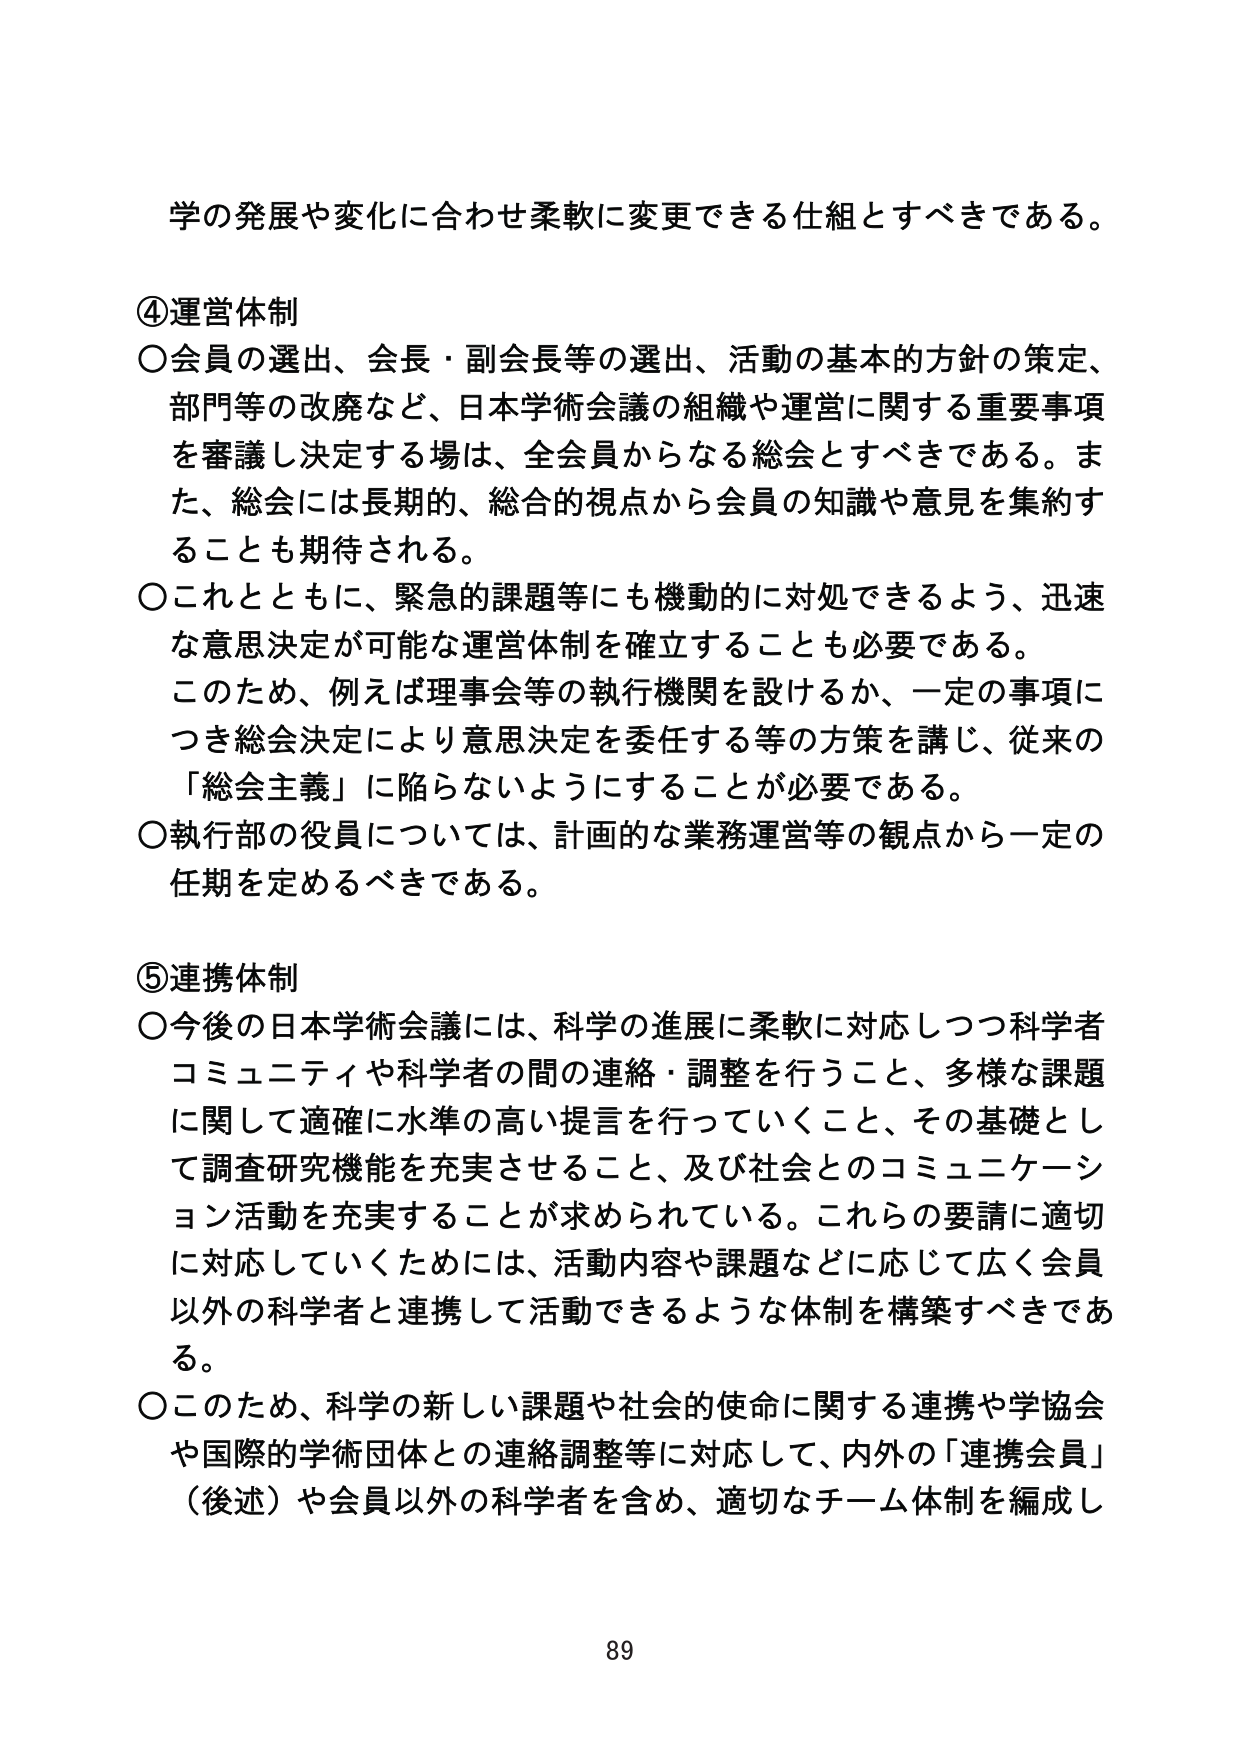
学の発展や変化に合わせ柔軟に変更できる仕組とすべきである。

④運営体制
○会員の選出、会長・副会長等の選出、活動の基本的方針の策定、
部門等の改廃など、日本学術会議の組織や運営に関する重要事項
を審議し決定する場は、全会員からなる総会とすべきである。ま
た、総会には長期的、総合的視点から会員の知識や意見を集約す
ることも期待される。
○これとともに、緊急的課題等にも機動的に対処できるよう、迅速
な意思決定が可能な運営体制を確立することも必要である。
このため、例えば理事会等の執行機関を設けるか、一定の事項に
つき総会決定により意思決定を委任する等の方策を講じ、従来の
「総会主義」に陥らないようにすることが必要である。
○執行部の役員については、計画的な業務運営等の観点から一定の
任期を定めるべきである。

⑤連携体制
○今後の日本学術会議には、科学の進展に柔軟に対応しつつ科学者
コミュニティや科学者の間の連絡・調整を行うこと、多様な課題
に関して適確に水準の高い提言を行っていくこと、その基礎とし
て調査研究機能を充実させること、及び社会とのコミュニケーション活動を充実することが求められている。これらの要請に適切
に対応していくためには、活動内容や課題などに応じて広く会員
以外の科学者と連携して活動できるような体制を構築すべきであ
る。
○このため、科学の新しい課題や社会的使命に関する連携や学協会
や国際的学術団体との連絡調整等に対応して、内外の「連携会員」
（後述）や会員以外の科学者を含め、適切なチーム体制を編成し

89